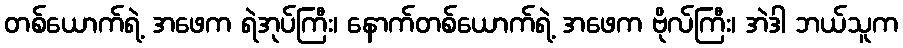
တစ်ယောက်ရဲ့ အဖေက ရဲအုပ်ကြီး၊ နောက်တစ်ယောက်ရဲ့ အဖေက ဗိုလ်ကြီး၊ အဲဒါ ဘယ်သူက